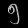
Digit: ၅